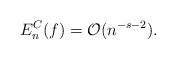
LaTeX: \begin{align*}E_n^{C}(f) = \mathcal{O}(n^{-s-2}).\end{align*}